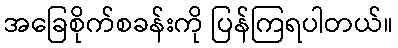
အခြေစိုက်စခန်းကို ပြန်ကြရပါတယ်။